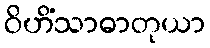
ဝိဟိံသာဓာတုယာ